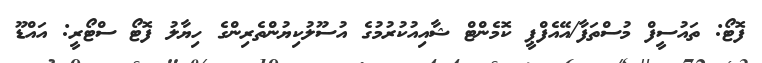
ފޮޓޯ: ތައުސީފް މުސްތަފާ/އޭއެފްޕީ ކޮމެންޓް ޝާއިއުކުރުމުގެ އުސޫލުކިޔުންތެރިންގެ ހިޔާލު ފޮޓޯ ސްޓޯރީ: އައްޑޫ